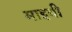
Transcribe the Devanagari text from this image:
माइबी